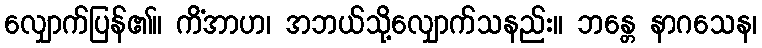
လျှောက်ပြန်၏။ ကိံအာဟ၊ အဘယ်သို့လျှောက်သနည်း။ ဘန္တေ နာဂသေန၊